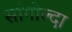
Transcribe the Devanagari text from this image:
सांगोल्दा